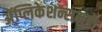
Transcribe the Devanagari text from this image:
अॅप्लिकेशन्समुळे